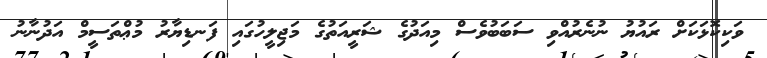
ވަކިކޮޅަކަށް ރައުޔު ނުނެރުއްވި ސަބަބުވެސް މިއަދުގެ ޝަރީއަތުގެ މަޖިލީހުގައި ފަނޑިޔާރު މުޢްތަސީމް އަދުނާނު